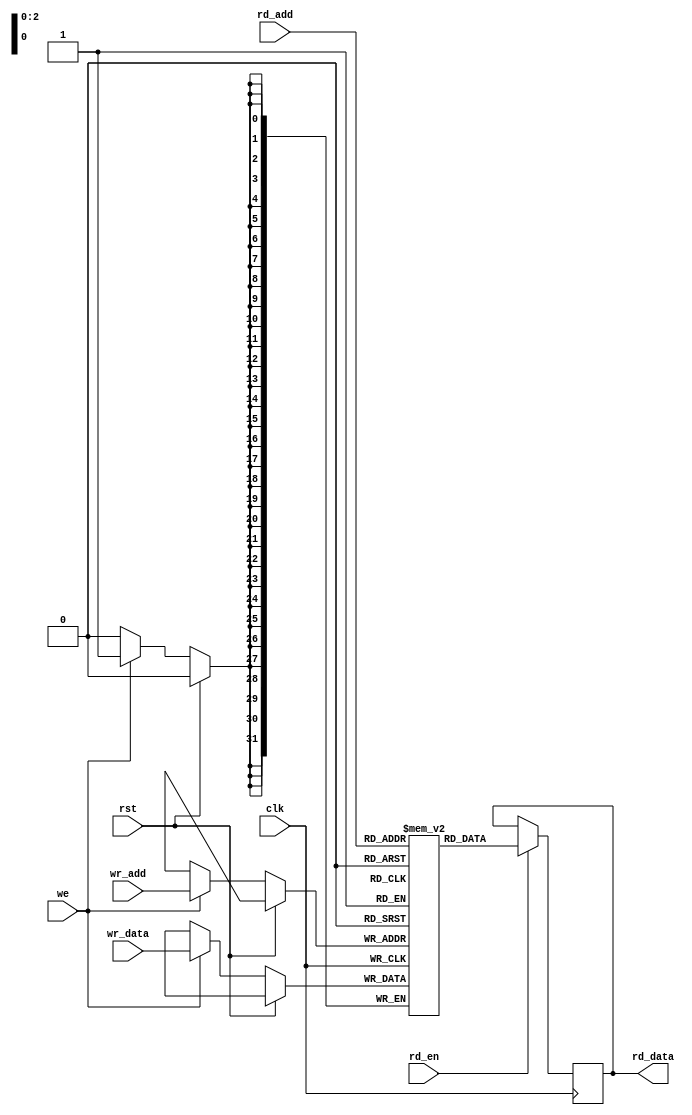
/*
  Author : Rakotojaona Nambinina
  email : Andrianoelisoa.rakotojaona@gmail.com
  Description : Verilog code for BRAM 
*/
module bram #(
             parameter WIDTH = 32,
             parameter LENGHT = 8
             )
            (
            clk,
            rst,
            we,
            wr_add,
            wr_data,
            rd_en,
            rd_add,
            rd_data
            );
   input clk;
   input rst;
   input we;
   input [2:0] wr_add;
   input [31:0] wr_data;
   input rd_en;
   input [2:0] rd_add;
   output reg [31:0] rd_data;
   
   // MEMORY 
   reg [WIDTH-1:0] mem [LENGHT-1:0];
   
   // writing operation 
   always @ (posedge clk)
   begin
      if (rst)
      begin
      end 
      else 
      begin
        if (we)
        begin
          mem [wr_add] <= wr_data;
        end
        else
        begin
          // do nothing
        end 
      end 
   end 
   
   // read operation 
   always @ (posedge clk)
   begin
        if (rd_en)
        begin
          rd_data <= mem [rd_add];
        end
   end
  endmodule